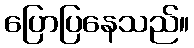
ပြောပြနေသည်။